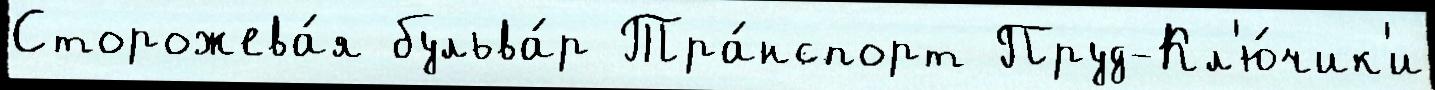
Сторожева́я бульва́р Тра́нспорт Пруд-Кл'ю́чик'и